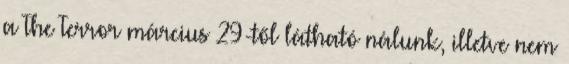
a The Terror március 29-től látható nálunk, illetve nem